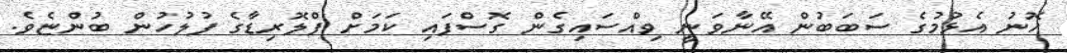
ހޮނު އެޅުމުގެ ސަބަބުން އޭނާވަނީ ވިއްސައިގެން ގޮސްފައި ކަމަށް ފްލޮރިޑާގެ ފުލުހުން ބުންޏެވެ.